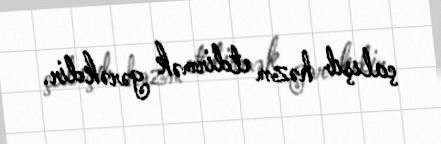
çalışıb həzm etdirmək gərəkdir.